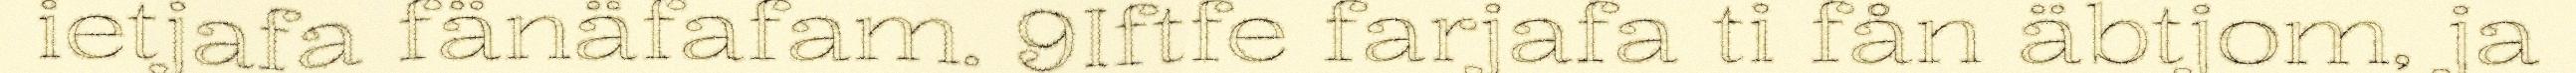
ietjafa fänäfafam. 9Iftfe farjafa ti fån äbtjom, ja